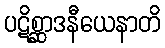
ပဋိစ္ဆာဒနီယေနာတိ